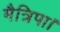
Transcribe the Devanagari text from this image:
मैत्रिपा।